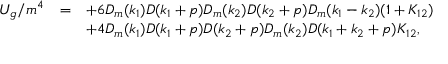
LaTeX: \begin{array} { r c l } { { U _ { g } / m ^ { 4 } } } & { { = } } & { { \displaystyle + 6 D _ { m } ( k _ { 1 } ) D ( k _ { 1 } + p ) D _ { m } ( k _ { 2 } ) D ( k _ { 2 } + p ) D _ { m } ( k _ { 1 } - k _ { 2 } ) ( 1 + K _ { 1 2 } ) } } \\ { { } } & { { } } & { { \displaystyle + 4 D _ { m } ( k _ { 1 } ) D ( k _ { 1 } + p ) D ( k _ { 2 } + p ) D _ { m } ( k _ { 2 } ) D ( k _ { 1 } + k _ { 2 } + p ) K _ { 1 2 } , } } \end{array}